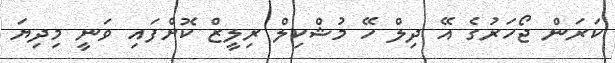
ކަރަން ޖޯހަރުގެ އޭ ދިލް ހޭ މުޝްކިލް ރިލީޒް ކޮށްފައި ވަނީ މިދިޔަ